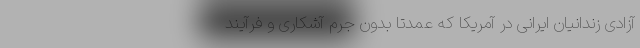
آزادی زندانیان ایرانی در آمریکا که عمدتا بدون جرم آشکاری و فرآیند